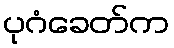
ပုဂံခေတ်က